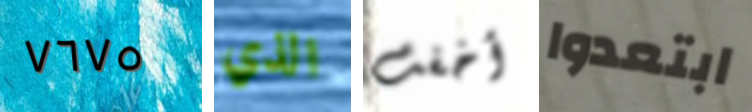
٧٦٧٥ الذي أخفت ابتعدوا